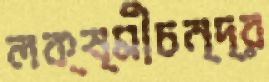
লক্ষ্মীচন্দ্র